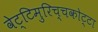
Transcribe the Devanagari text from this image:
वेट्टिमुरिच्चकोट्टा